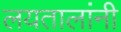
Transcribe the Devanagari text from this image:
लयतालांनी